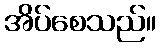
အိပ်စေသည်။